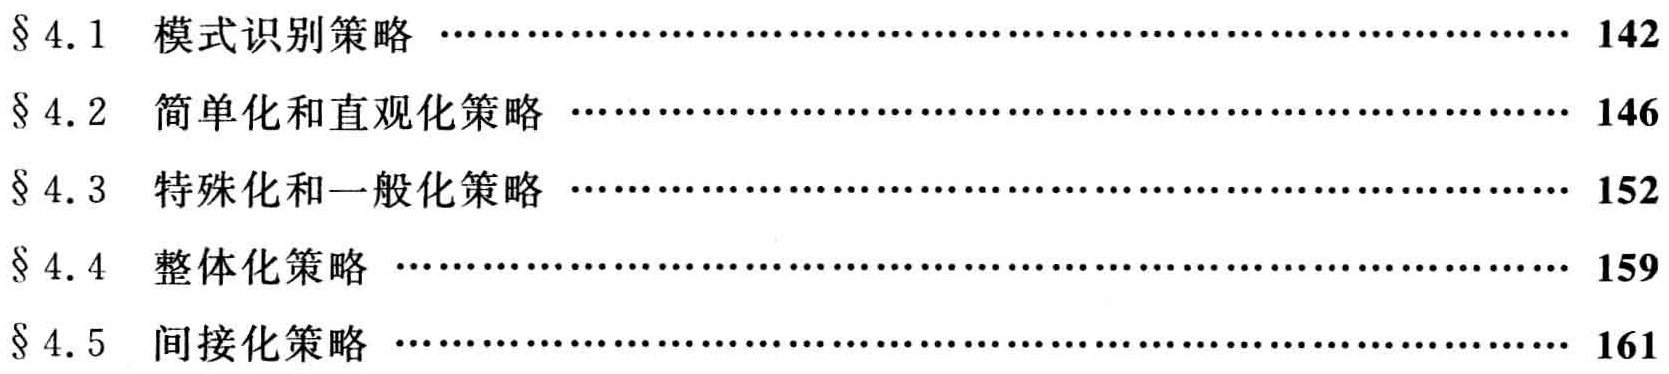
\begin{enumerate}

\item[§ 4.1] 模式识别策略 \hfill 142

\item[§ 4.2] 简单化和直观化策略 \hfill 146

\item[§ 4.3] 特殊化和一般化策略 \hfill 152

\item[§ 4.4] 整体化策略 \hfill 159

\item[§ 4.5] 间接化策略 \hfill 161

\end{enumerate}